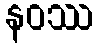
နဝဿ